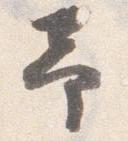
予